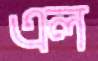
এল